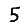
Digit: 5